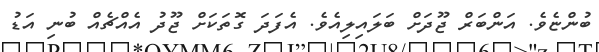
ބުންޏެވެ. އަންބަރް ޖޫދަށް ބަލައިލިއެވެ. އެފަދަ ގޮތަކަށް ޖޫދު އެއްޗެއް ބުނި އަޑު